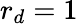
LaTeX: r_{d}=1